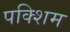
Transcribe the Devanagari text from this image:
पक्शिम